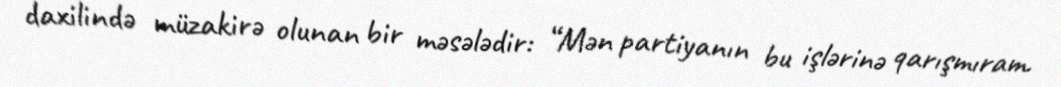
daxilində müzakirə olunan bir məsələdir: “Mən partiyanın bu işlərinə qarışmıram.